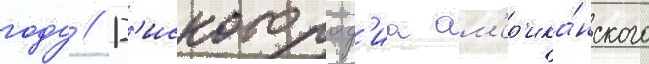
году // Д'искограф'иа ам'ер'ика́нского